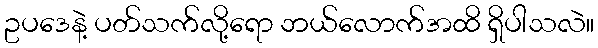
ဥပဒေနဲ့ ပတ်သက်လို့ရော ဘယ်လောက်အထိ ရှိပါသလဲ။